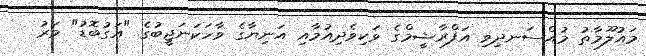
މައުލޫމާތު މުއްސަނދިވި އަފްރާޝީމްގެ ވަކިވެދިއުމާއި އަނިޔާގެ ވާހަކަނަޖީބުގެ "އަގުބޮޑު" މަރު